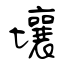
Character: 壤